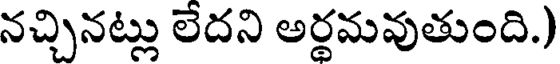
నచ్చినట్లు లేదని అర్థమవుతుంది.)